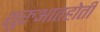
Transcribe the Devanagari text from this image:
शुरुआतहोती